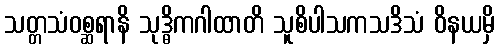
သတ္တသံဝစ္ဆရာနိ သုဒ္ဓိကဂါထာတိ သူစိပါသကသဒိသံ ဝိနယမှိ